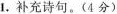
1.补充诗句。(4分)